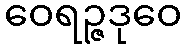
ဝေရဉ္ဇဒုဝေ